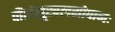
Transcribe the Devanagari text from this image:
पीठोलूखलसोपानः